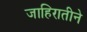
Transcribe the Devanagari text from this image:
जाहिरातीने